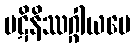
ပဋိနိဿဂ္ဂါယပေ